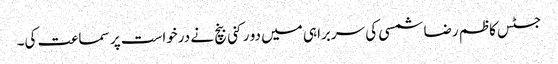
جسٹس کاظم رضا شمسی کی سربراہی میں دو رکنی بنچ نے درخواست پر سماعت کی۔